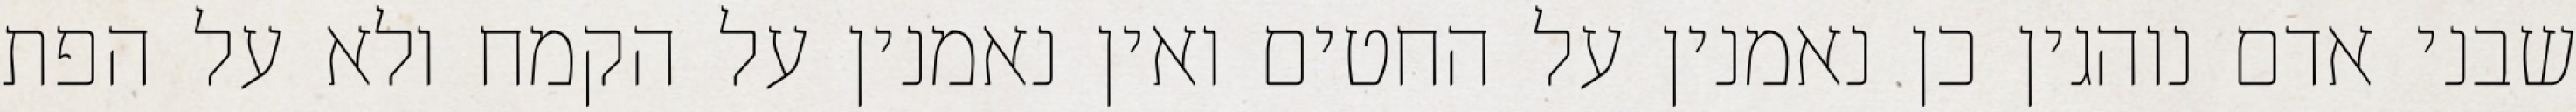
שבני אדם נוהגין כן נאמנין על החטים ואין נאמנין על הקמח ולא על הפת